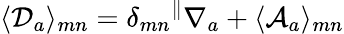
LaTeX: \langle{\cal D}_{a}\rangle_{mn}=\delta_{mn}{}^{\parallel}\nabla_{a}+\langle{\cal A}_{a}\rangle_{mn}